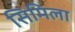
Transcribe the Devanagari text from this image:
सिमिला